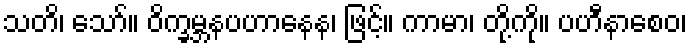
သတိ၊ သော်။ ဝိက္ခမ္ဘနပဟာနေန၊ ဖြင့်။ ကာမာ၊ တို့ကို။ ပဟီနာစေဝ၊